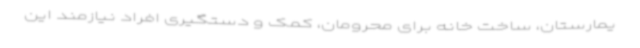
یمارستان، ساخت خانه برای محرومان، کمک و دستگیری افراد نیازمند این